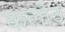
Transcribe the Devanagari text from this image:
कलोउ